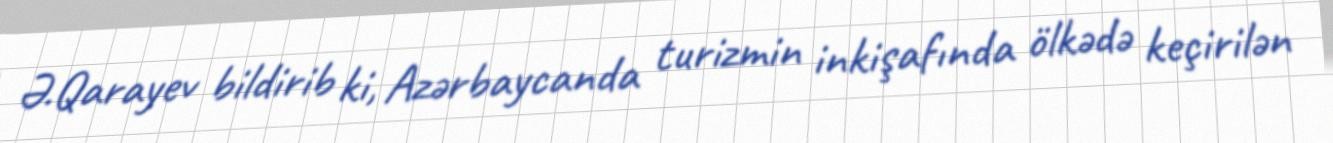
Ə.Qarayev bildirib ki, Azərbaycanda turizmin inkişafında ölkədə keçirilən